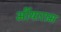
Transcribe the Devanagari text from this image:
भींयाराम